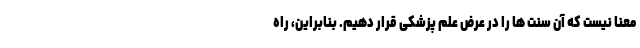
معنا نیست که آن سنت ها را در عرض علم پزشکی قرار دهیم. بنابراین، راه